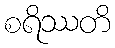
စရိဿတိ